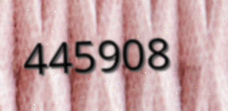
445908